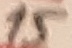
Text: 15